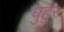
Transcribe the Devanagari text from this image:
धुहुर